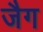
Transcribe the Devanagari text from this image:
जैग